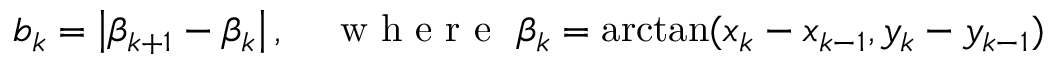
b _ { k } = \left| \beta _ { k + 1 } - \beta _ { k } \right| , \quad \mathrm { ~ w ~ h ~ e ~ r ~ e ~ } \ \beta _ { k } = \arctan ( x _ { k } - x _ { k - 1 } , y _ { k } - y _ { k - 1 } )